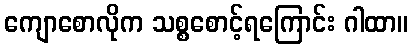
ကျောစောလိုက သစ္စစောင့်ရကြောင်း ဂါထာ။